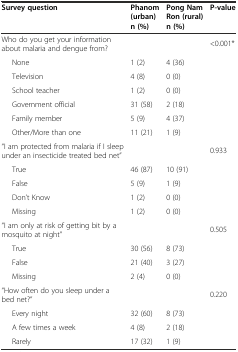
<table><thead><tr><td><b>Survey question</b></td><td><b>Phanom (urban)</b></td><td><b>Pong Nam Ron (rural)</b></td><td><b>P-value</b></td></tr><tr><td></td><td><b>n (%)</b></td><td><b>n (%)</b></td><td></td></tr></thead><tbody><tr><td colspan="2">Who do you get your information about malaria and dengue from?</td><td></td><td>&lt;0.001*</td></tr><tr><td>None</td><td>1 (2)</td><td>4 (36)</td><td></td></tr><tr><td>Television</td><td>4 (8)</td><td>0 (0)</td><td></td></tr><tr><td>School teacher</td><td>1 (2)</td><td>0 (0)</td><td></td></tr><tr><td>Government official</td><td>31 (58)</td><td>2 (18)</td><td></td></tr><tr><td>Family member</td><td>5 (9)</td><td>4 (37)</td><td></td></tr><tr><td>Other/More than one</td><td>11 (21)</td><td>1 (9)</td><td></td></tr><tr><td>“I am protected from malaria if I sleep under an insecticide treated bed net”</td><td colspan="2"></td><td>0.933</td></tr><tr><td>True</td><td>46 (87)</td><td>10 (91)</td><td></td></tr><tr><td>False</td><td>5 (9)</td><td>1 (9)</td><td></td></tr><tr><td>Don’t Know</td><td>1 (2)</td><td>0 (0)</td><td></td></tr><tr><td>Missing</td><td>1 (2)</td><td>0 (0)</td><td></td></tr><tr><td>“I am only at risk of getting bit by a mosquito at night”</td><td colspan="2"></td><td>0.505</td></tr><tr><td>True</td><td>30 (56)</td><td>8 (73)</td><td></td></tr><tr><td>False</td><td>21 (40)</td><td>3 (27)</td><td></td></tr><tr><td>Missing</td><td>2 (4)</td><td>0 (0)</td><td></td></tr><tr><td>“How often do you sleep under a bed net?”</td><td></td><td></td><td>0.220</td></tr><tr><td>Every night</td><td>32 (60)</td><td>8 (73)</td><td></td></tr><tr><td>A few times a week</td><td>4 (8)</td><td>2 (18)</td><td></td></tr><tr><td>Rarely</td><td>17 (32)</td><td>1 (9)</td><td></td></tr></tbody></table>